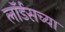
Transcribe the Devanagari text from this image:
लॉर्डसच्या